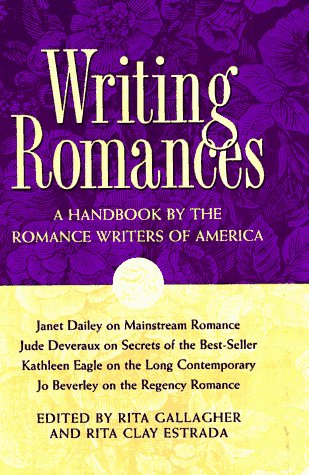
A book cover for Writing Romances: A Handbook by the Romance Writers of America; Romance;